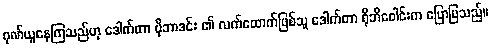
ဂုဏ်ယူနေကြသည်ဟု ဒေါက်တာ ဗိုဘာဒင်း ၏ လက်ထောက်ဖြစ်သူ ဒေါက်တာ ရိုဘီဝေါင်းက ပြောပြသည်။